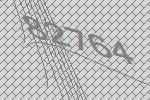
82764